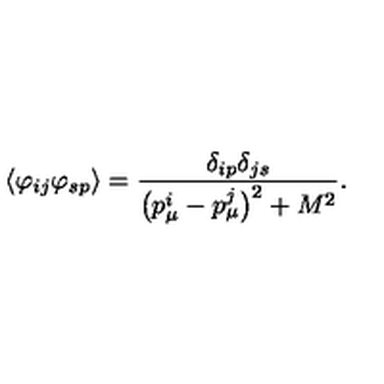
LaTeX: \langle \varphi _ { i j } \varphi _ { s p } \rangle = \frac { \delta _ { i p } \delta _ { j s } } { \bigl ( p _ { \mu } ^ { i } - p _ { \mu } ^ { j } \bigr ) ^ { 2 } + M ^ { 2 } } .